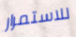
للاستمرار